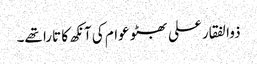
ذوالفقار علی بھٹو عوام کی آنکھ کا تارا تھے۔